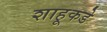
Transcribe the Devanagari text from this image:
शाहूकडे